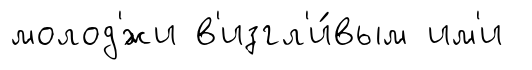
молод'́жи в'изгл'и́вым им'и